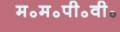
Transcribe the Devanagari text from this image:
म॰म॰पी॰वी॰